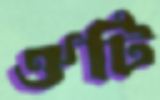
ঔটি